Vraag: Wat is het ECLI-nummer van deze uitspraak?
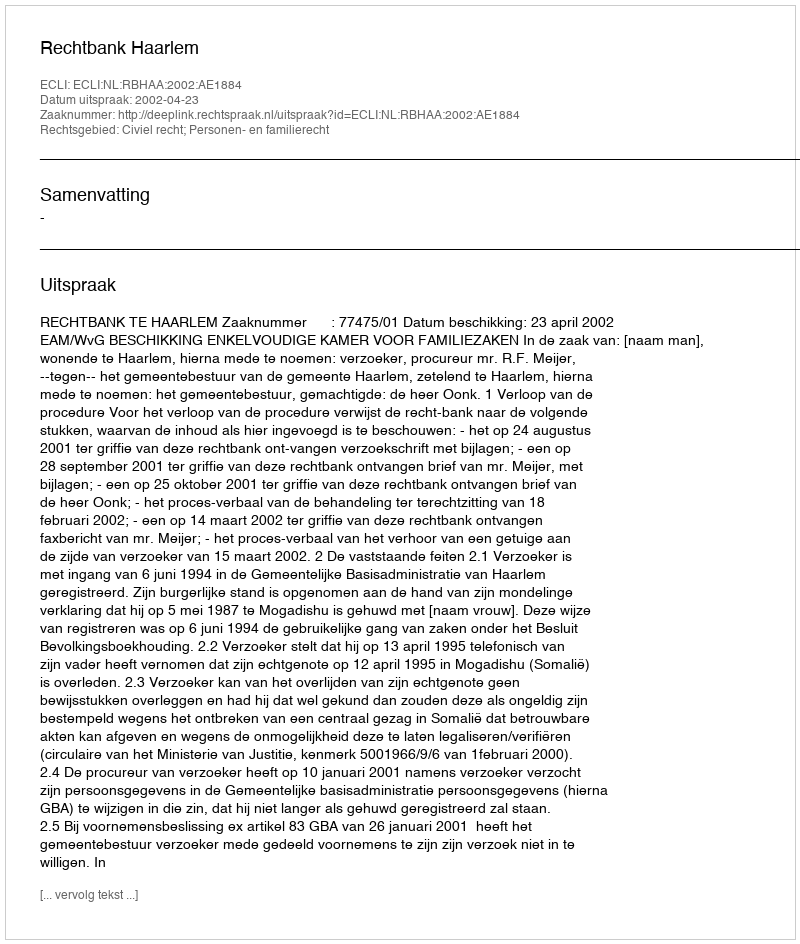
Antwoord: ECLI:NL:RBHAA:2002:AE1884